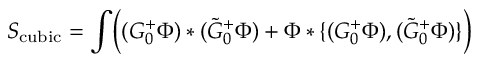
S _ { \mathrm { c u b i c } } = \int \biggl ( ( G _ { 0 } ^ { + } \Phi ) * ( \tilde { G } _ { 0 } ^ { + } \Phi ) + \Phi * \{ ( G _ { 0 } ^ { + } \Phi ) , ( \tilde { G } _ { 0 } ^ { + } \Phi ) \} \biggr )